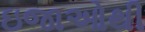
ઇજાઓથી